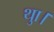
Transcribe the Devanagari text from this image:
थाु।